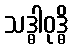
သဒ္ဓါဝုဒ္ဓိ